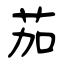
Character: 茄